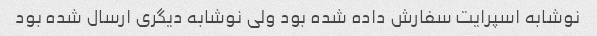
نوشابه اسپرایت سفارش داده شده بود ولی نوشابه دیگری ارسال شده بود